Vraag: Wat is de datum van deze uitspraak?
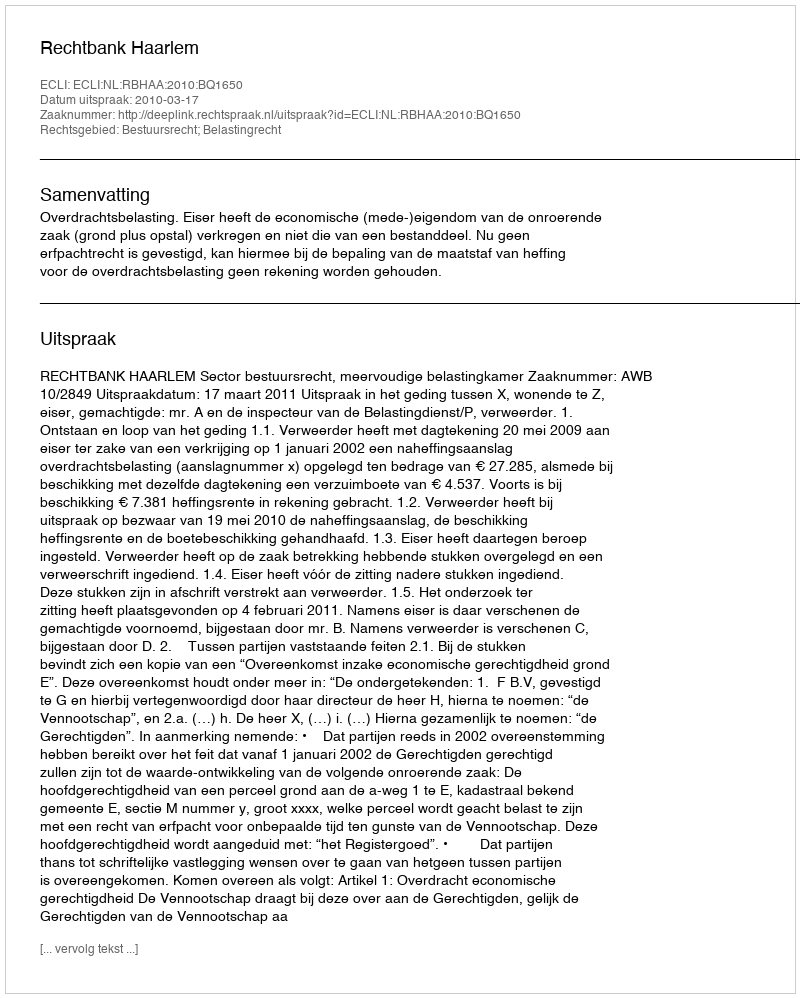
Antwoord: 2010-03-17